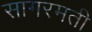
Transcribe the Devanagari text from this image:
सागरमती